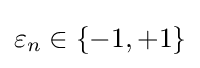
\varepsilon _{n}\in \{-1,+1\}